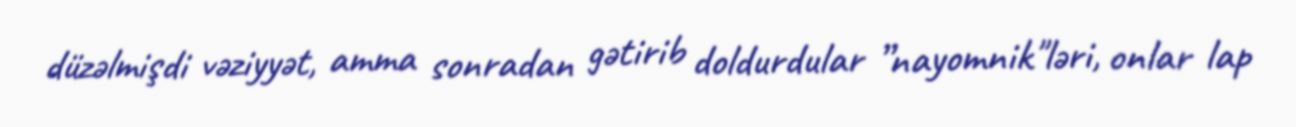
düzəlmişdi vəziyyət, amma sonradan gətirib doldurdular ”nayomnik"ləri, onlar lap